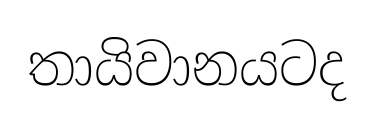
තායිවානයටද